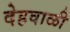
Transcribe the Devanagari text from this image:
देहवाळी